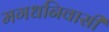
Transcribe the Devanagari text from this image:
मगधनिवासी